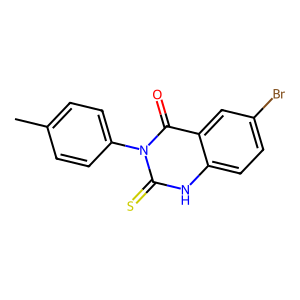
SMILES: Cc1ccc(-n2c(=S)[nH]c3ccc(Br)cc3c2=O)cc1
Inhibits HIV replication: No